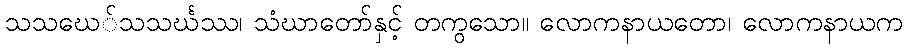
သသဃေ်သသင်္ဃဿ၊ သံဃာတော်နှင့် တကွသော။ လောကနာယတော၊ လောကနာယက